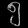
Digit: ၅